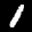
Label: 1